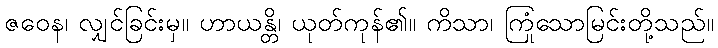
ဇဝေန၊ လျှင်ခြင်းမှ။ ဟာယန္တိ၊ ယုတ်ကုန်၏။ ကိသာ၊ ကြုံသောမြင်းတို့သည်။